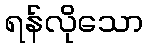
ရန်လိုသော